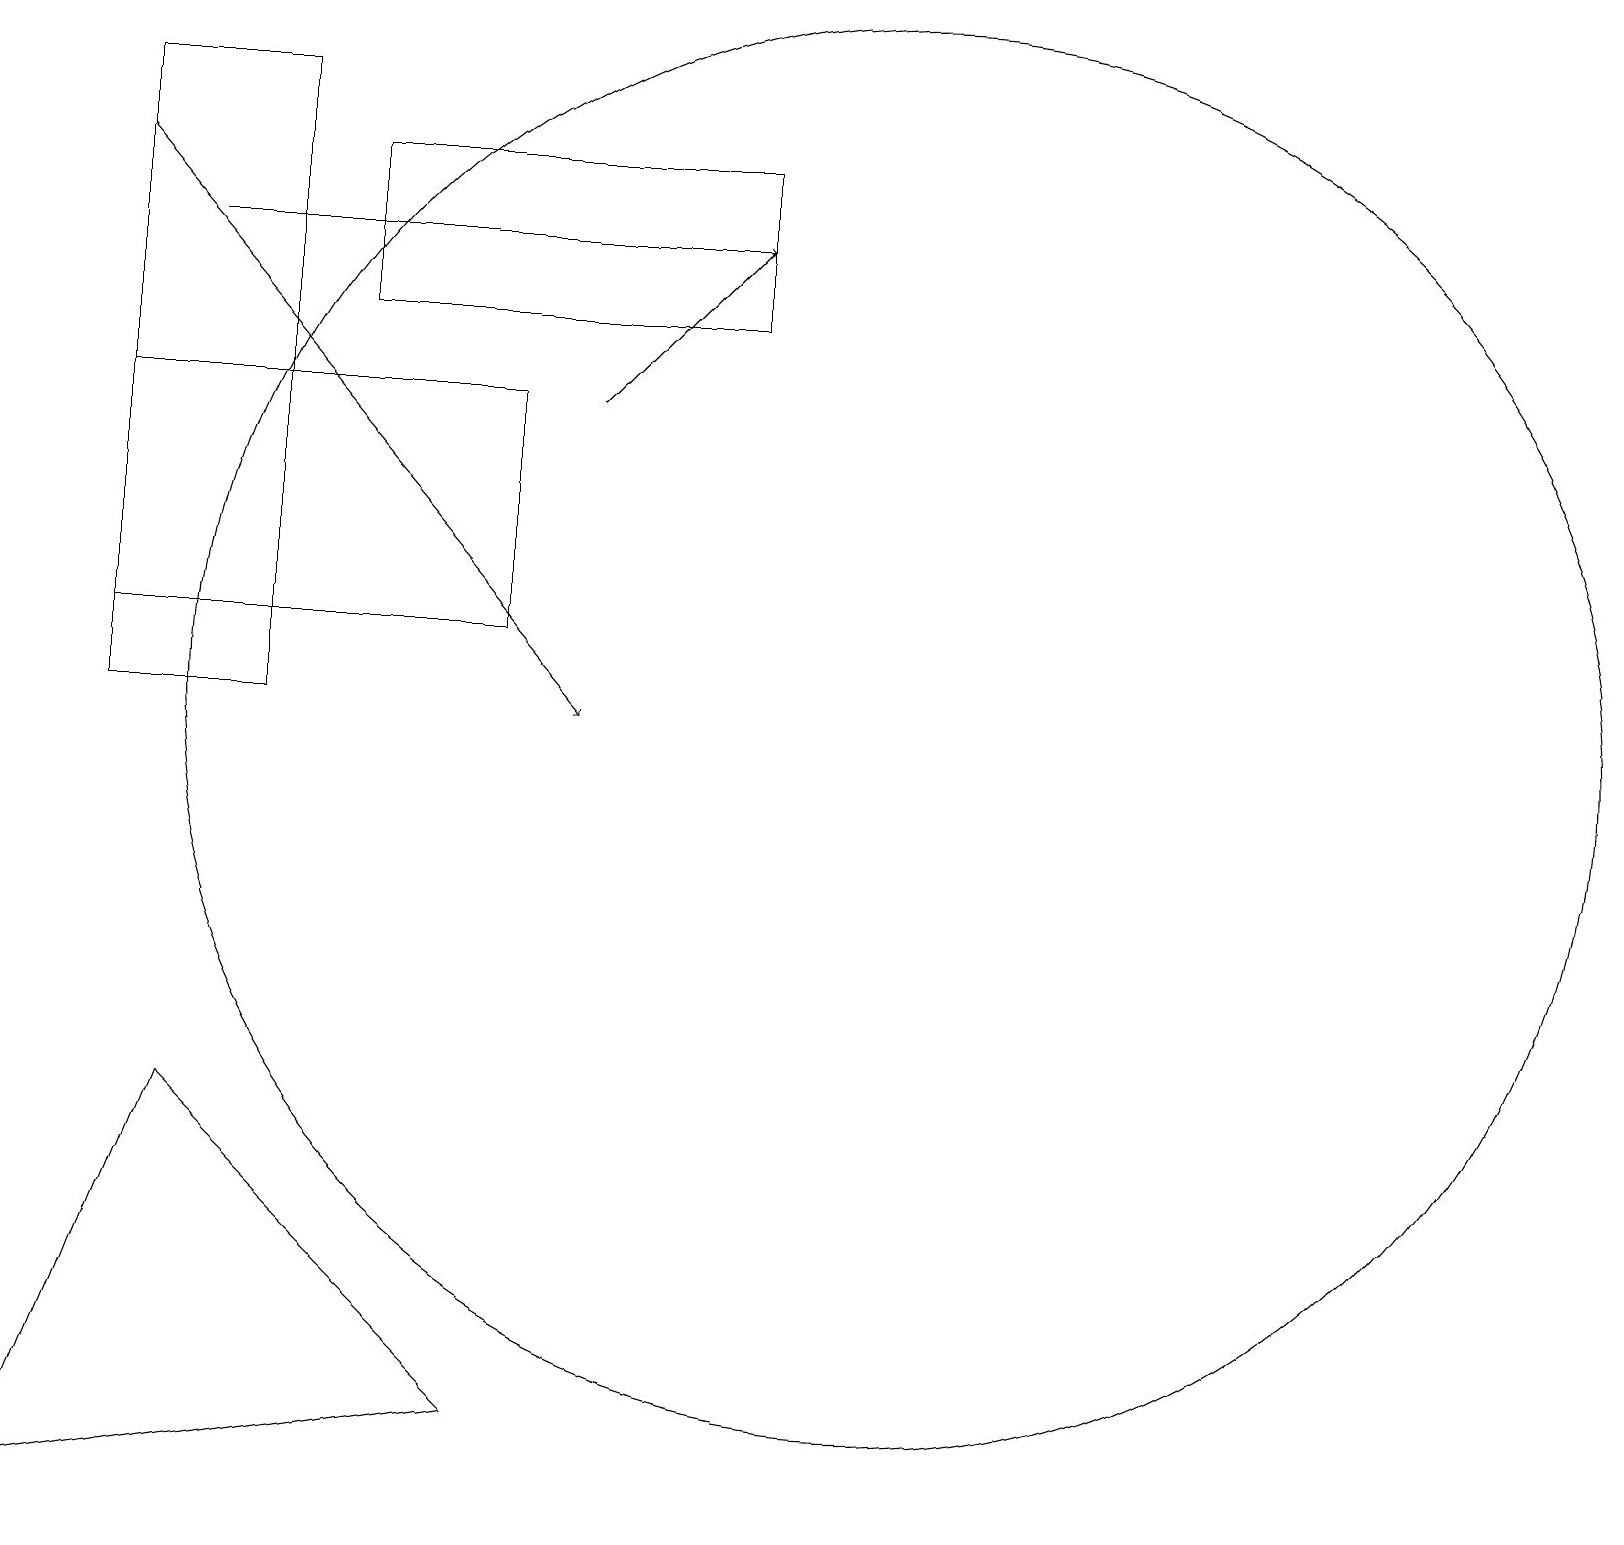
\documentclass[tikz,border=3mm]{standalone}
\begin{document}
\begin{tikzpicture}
\draw[->] (7,15) -- (9,17);
\draw[->] (2,17) -- (9,17);
\draw (3,19) rectangle (1,11);
\draw (6,2) -- (0,1) -- (2,6) -- cycle;
\draw (11,11) circle (9);
\draw[->] (1,18) -- (7,11);
\draw (9,18) rectangle (4,16);
\draw (6,12) rectangle (1,15);
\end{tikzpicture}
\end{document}